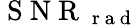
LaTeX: \mathrm{~S~N~R~}_{\mathrm{~r~a~d~}}